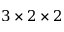
3 \times 2 \times 2